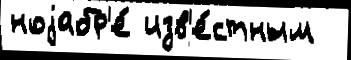
ноjабр'е́ изв'е́стным